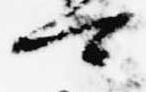
可